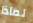
لماذا